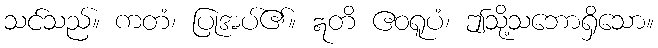
သင်သည်။ ကတံ၊ ပြုအပ်၏။ ဣတိ ဧဝရူပံ၊ ဤသို့သဘောရှိသော။